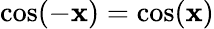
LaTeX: \cos(-\mathbf{x})=\cos(\mathbf{x})